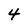
Character: 4